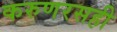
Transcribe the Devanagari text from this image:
करुणरसही